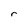
Character: r